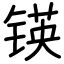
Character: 锳